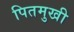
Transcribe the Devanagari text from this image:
पितमुखी